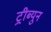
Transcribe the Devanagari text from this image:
ट्रीब्युन